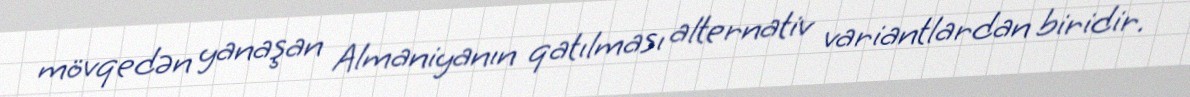
mövqedən yanaşan Almaniyanın qatılması alternativ variantlardan biridir.